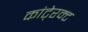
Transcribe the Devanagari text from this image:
कांटे्रक्ट